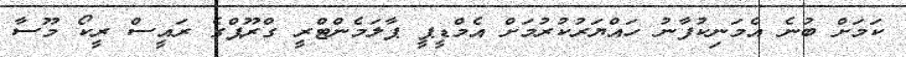
ކަމަށް ބުނެ އެމަނިކުފާނު ހައްޔަރުކުރުމަށް އެމްޑީޕީ ޕާލަމެންޓްރީ ގްރޫޕްގެ ރައީސް ރީކޯ މޫސާ